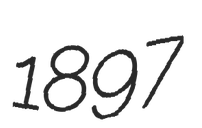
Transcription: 1897